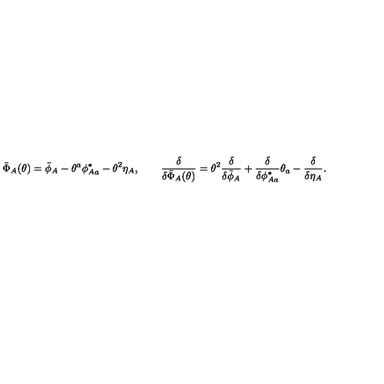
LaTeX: \bar { \Phi } _ { A } ( \theta ) = \bar { \phi } _ { A } - \theta ^ { a } \phi _ { A a } ^ { * } - \theta ^ { 2 } \eta _ { A } , \qquad \frac { \delta } { \delta \bar { \Phi } _ { A } ( \theta ) } = \theta ^ { 2 } \frac { \delta } { \delta \bar { \phi } _ { A } } + \frac { \delta } { \delta \phi _ { A a } ^ { * } } \theta _ { a } - \frac { \delta } { \delta \eta _ { A } } .